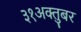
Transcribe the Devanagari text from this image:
३१अक्तुबर